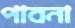
পাবনা